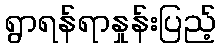
ရွာရန်ရာနှုန်းပြည့်